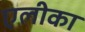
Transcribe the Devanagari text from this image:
एलीका